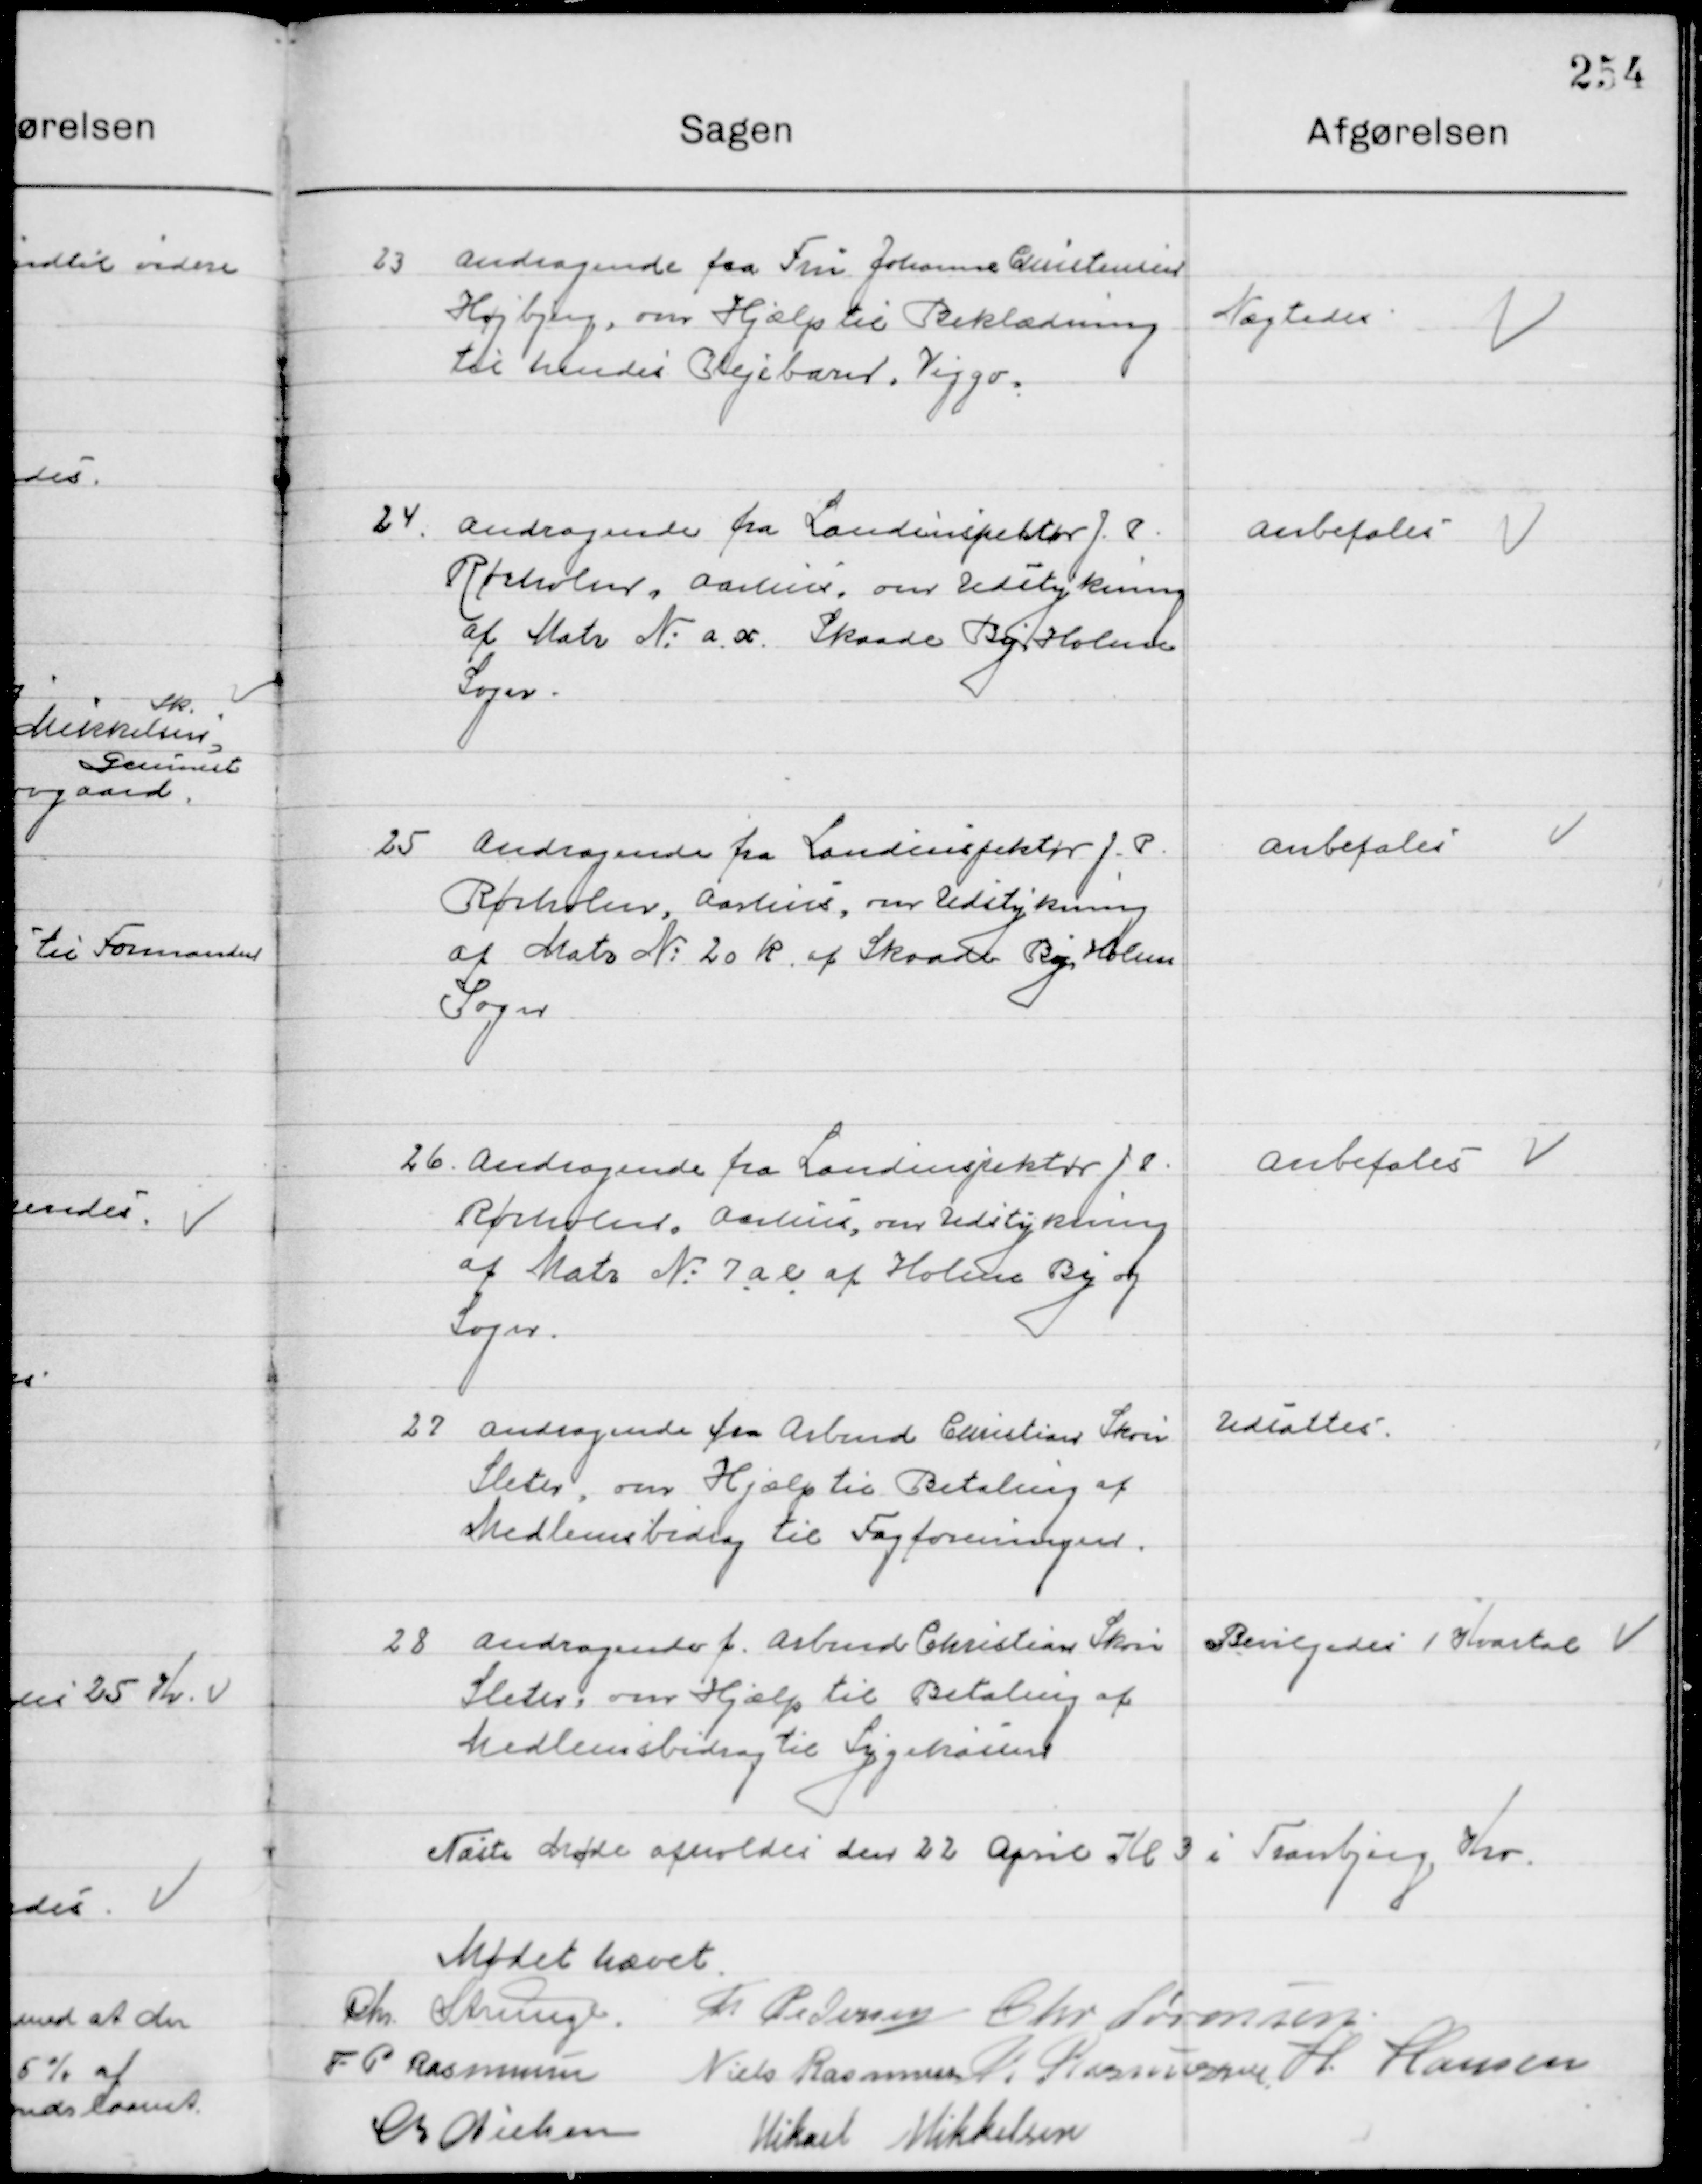
Transskription:
23

Andragende fra Fru Johanne Christensen
Højbjerg, om Hjælp til Beklædning 
Til hendes Plejebarn, Viggo.

Nægtes

24

Andragende fra Landinspektør J. P.
Rørholm, Aarhus, om Udstykning
af Matr. Nr. a x Skaade By, Holme 
Sogn

Anbefales

25

Andragende fra Landinspektør J. P.
Rørholm, Aarhus, om Udstykning
af Matr. Nr. 20 k af Skaade By, Holme 
Sogn

Anbefales

26

Andragende fra Landinspektør J. P.
Rørholm, Aarhus, om Udstykning
af Matr. Nr. 7 a af Holme By og 
Sogn.

Anbefales

27

Andragende fra Arbmd. Christian Skou
Sleter, om Hjælp til Betaling af
Medlemsbidrag til Fagforeningen.

Udsættes

28

Andragende f. Arbmd. Christian Skou
Sleter, om Hjælp til Betaling af
Medlemsbidrag til Sygekassen

Bevilgedes 1. Kvartal

Næste Møde afholdes den 22 April Kl. 3 i Tranbjerg Kro

Mødet hævet

Chr. Strunge
Th. Pedersen
Chr. Sørensen
F. P. Rasmussen
Niels Rasmussen
R. Rasmussen
H. Hansen
M. Nielsen
Mikael Mikkelsen